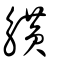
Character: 觵